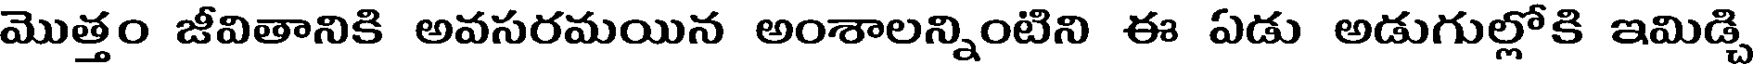
మొత్తం జీవితానికి అవసరమయిన అంశాలన్నింటిని ఈ ఏడు అడుగుల్లోకి ఇమిడ్చి